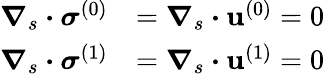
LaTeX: \begin{array}{rl}{\boldsymbol{\nabla}_{s}\boldsymbol{\cdot}{\boldsymbol{\sigma}^{(0)}}}&{=\boldsymbol{\nabla}_{s}\boldsymbol{\cdot}\mathbf{u}^{(0)}=0}\\ {\boldsymbol{\nabla}_{s}\boldsymbol{\cdot}{\boldsymbol{\sigma}^{(1)}}}&{=\boldsymbol{\nabla}_{s}\boldsymbol{\cdot}\mathbf{u}^{(1)}=0}\end{array}